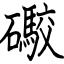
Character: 礮